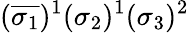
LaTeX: (\overline{{\sigma_{1}}})^{1}(\sigma_{2})^{1}(\sigma_{3})^{2}